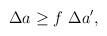
LaTeX: \begin{align*}\Delta a\geq f~\Delta a^{\prime }, \end{align*}